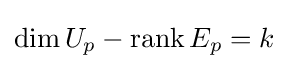
\dim U_{p}-\operatorname {rank} E_{p}=k